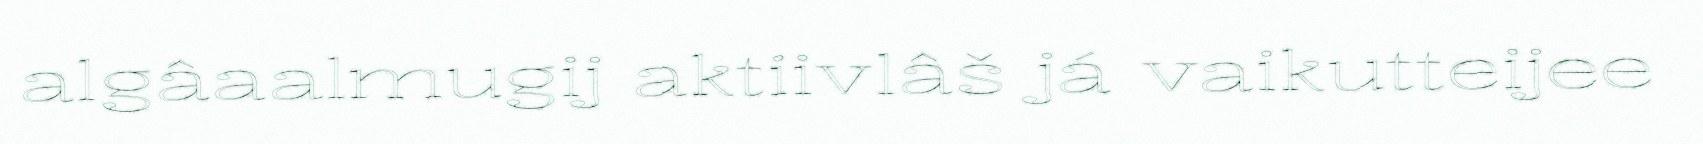
algâaalmugij aktiivlâš já vaikutteijee